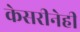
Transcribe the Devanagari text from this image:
केसरीनेही